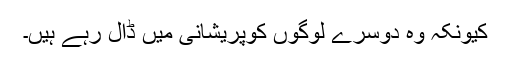
کیونکہ وہ دوسرے لوگوں کوپریشانی میں ڈال رہے ہیں۔